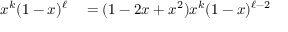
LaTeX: \begin{array} { r l } { x ^ { k } ( 1 - x ) ^ { \ell } } & { { } = ( 1 - 2 x + x ^ { 2 } ) x ^ { k } ( 1 - x ) ^ { \ell - 2 } } \end{array}